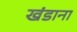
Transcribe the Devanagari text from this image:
खंडाना